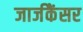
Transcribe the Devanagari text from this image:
जार्जकैंसर